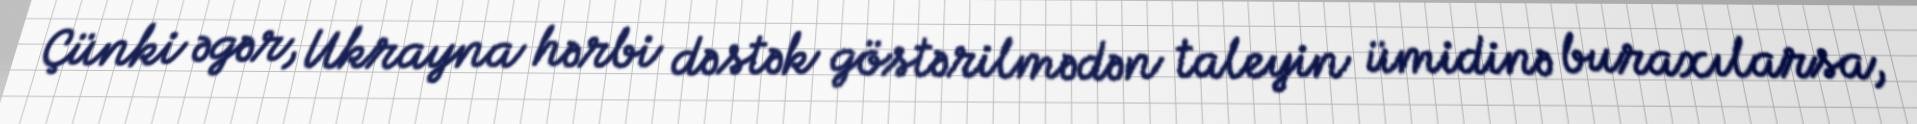
Çünki əgər, Ukrayna hərbi dəstək göstərilmədən taleyin ümidinə buraxılarsa,